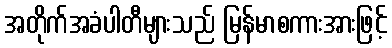
အတိုက်အခံပါတီများသည် မြန်မာစကားအားဖြင့်